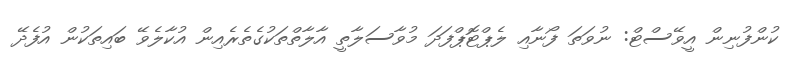
ކުންފުނިން އީވޭސްޓް: ނުވަތަ ފޯނާއި ލެޕްޓޮޕްފަދަ މުވާސަލާތީ އާލާތްތަކުގެތެރެއިން އުކާލެވޭ ބައިތަކުން އުފެދޭ